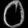
Digit: ၀